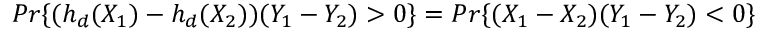
P r \{ ( h _ { d } ( X _ { 1 } ) - h _ { d } ( X _ { 2 } ) ) ( Y _ { 1 } - Y _ { 2 } ) > 0 \} = P r \{ ( X _ { 1 } - X _ { 2 } ) ( Y _ { 1 } - Y _ { 2 } ) < 0 \}